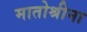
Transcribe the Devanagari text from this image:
मातोश्रीना